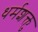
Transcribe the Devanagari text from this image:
धर्मशक्तु